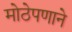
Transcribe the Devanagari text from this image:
मोठेपणाने